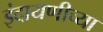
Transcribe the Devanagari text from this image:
इंदायणीच्या